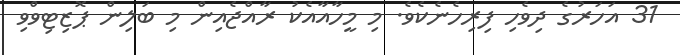
31 އަހަރުގެ ދިވެހި ފިރިހެނެކެވެ. މި މީހާއާއެކު ރާއްޖެއިން މި ބަލިން ޕޮޒިޓިވްވި